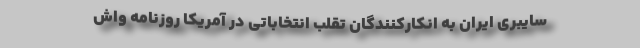
سایبری ایران به انکارکنندگان تقلب انتخاباتی در آمریکا روزنامه واش